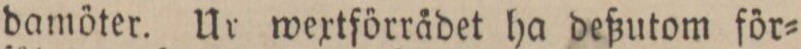
damöter. Ur wextförrådet ha deßutom för=